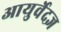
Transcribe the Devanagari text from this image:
आयुर्वेदज्ञ